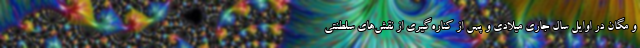
و مگان در اوایل سال جاری میلادی و پس از کناره‌گیری از نقش‌های سلطنتی